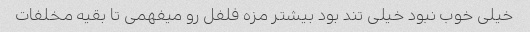
خیلی خوب نبود خیلی تند بود بیشتر مزه فلفل رو میفهمی تا بقیه مخلفات